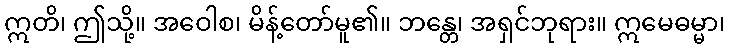
ဣတိ၊ ဤသို့။ အဝေါစ၊ မိန့်တော်မူ၏။ ဘန္တေ၊ အရှင်ဘုရား။ ဣမေဓမ္မာ၊